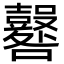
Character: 𡅦